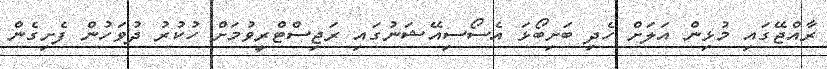
ރާއްޖޭގައި މުޅިން އަލަށް ހެދި ބަށިބޯޅަ އެސޯސިއޭޝަނުގައި ރަޖިސްޓްރީވުމަށް ހުކުރު ދުވަހުން ފެށިގެން